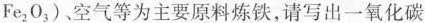
Fe_{2}O_{3})。空气等为主要原料炼铁，请写出一氧化碳